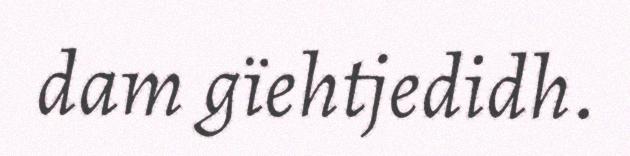
dam gïehtjedidh.